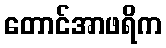
တောင်အာဖရိက